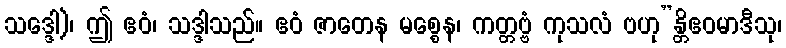
သဒ္ဒေါ)၊ ဤ ဧဝံ၊ သဒ္ဒါသည်။ ဧဝံ ဇာတေန မစ္စေန၊ ကတ္တဗ္ဗံ ကုသလံ ဗဟု”န္တိဧဝမာဒီသု၊